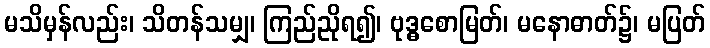
မသိမှန်လည်း၊ သိတန်သမျှ၊ ကြည်ညိုရ၍၊ ဗုဒ္ဓစောမြတ်၊ မနောဓာတ်၌၊ မပြတ်